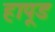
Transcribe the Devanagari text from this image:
हापूड